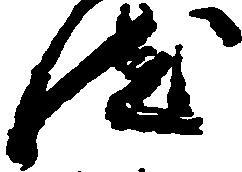
然